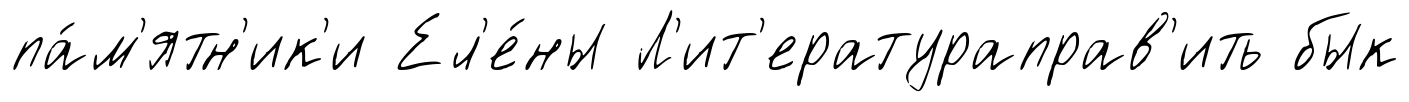
па́м'ятн'ик'и Ел'е́ны Л'ит'ератураправ'ить бык